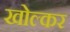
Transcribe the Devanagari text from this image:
खोल्कर